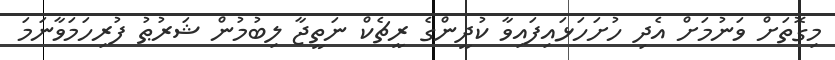
މިގޮތަށް ވަނުމަށް އެދި ހުށަހަޅައިފައިވާ ކުދީންގެ ރީޗެކް ނަތީޖާ ލިބުމުން ޝަރުޠު ފުރިހަމަވާނަމަ